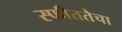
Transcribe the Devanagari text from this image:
स्फीततेचा